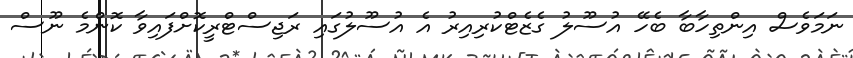
ނަމަވެސް އިންތިހާބާ ބެހޭ އުސޫލު ގެޒެޓްކުރިއިރު އެ އުސޫލުގައި ރަޖިސްޓްރީކޮށްފައިވާ ކޮންމެ ނޫސް